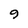
Character: 9